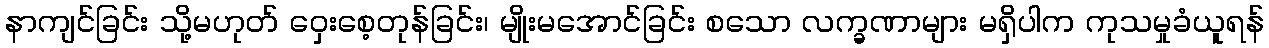
နာကျင်ခြင်း သို့မဟုတ် ဝှေးစေ့တုန်ခြင်း၊ မျိုးမအောင်ခြင်း စသော လက္ခဏာများ မရှိပါက ကုသမှုခံယူရန်